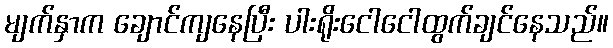
မျက်နှာက ချောင်ကျနေပြီး ပါးရိုးငေါငေါထွက်ချင်နေသည်။